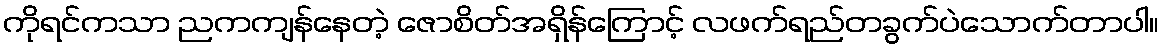
ကိုရင်ကသာ ညကကျန်နေတဲ့ ဇောစိတ်အရှိန်ကြောင့် လဖက်ရည်တခွက်ပဲသောက်တာပါ။